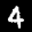
Label: 4